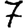
Digit: 7